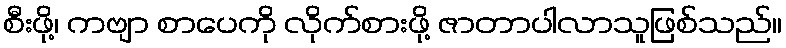
စီးဖို့၊ ကဗျာ စာပေကို လိုက်စားဖို့ ဇာတာပါလာသူဖြစ်သည်။